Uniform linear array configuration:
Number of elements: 16
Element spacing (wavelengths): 0.75
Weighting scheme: hann
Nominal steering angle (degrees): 0
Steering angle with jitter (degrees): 1.315
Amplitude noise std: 0.05
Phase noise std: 0.05

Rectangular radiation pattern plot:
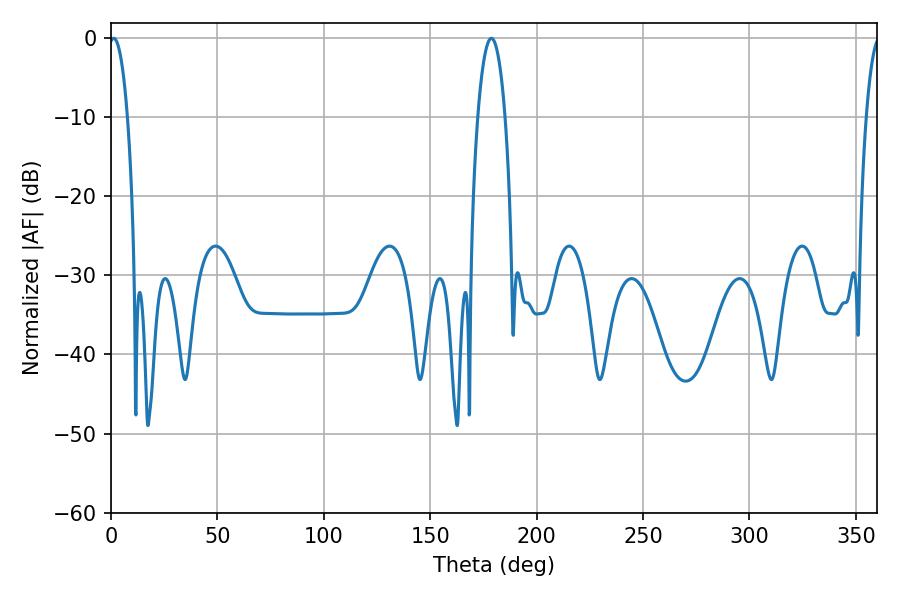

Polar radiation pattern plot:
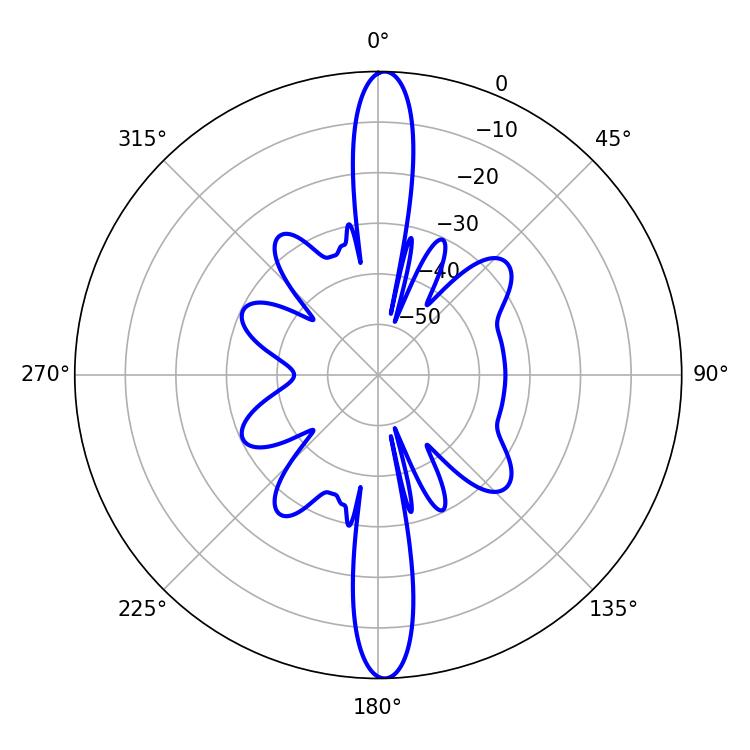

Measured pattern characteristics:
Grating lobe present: TRUE
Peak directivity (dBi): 25.103
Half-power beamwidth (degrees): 4.86
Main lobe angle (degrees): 1.26